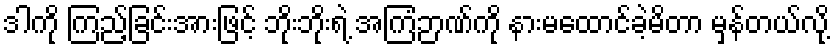
ဒါကို ကြည့်ခြင်းအားဖြင့် ဘိုးဘိုးရဲ့ အကြံဉာဏ်ကို နားမထောင်ခဲ့မိတာ မှန်တယ်လို့